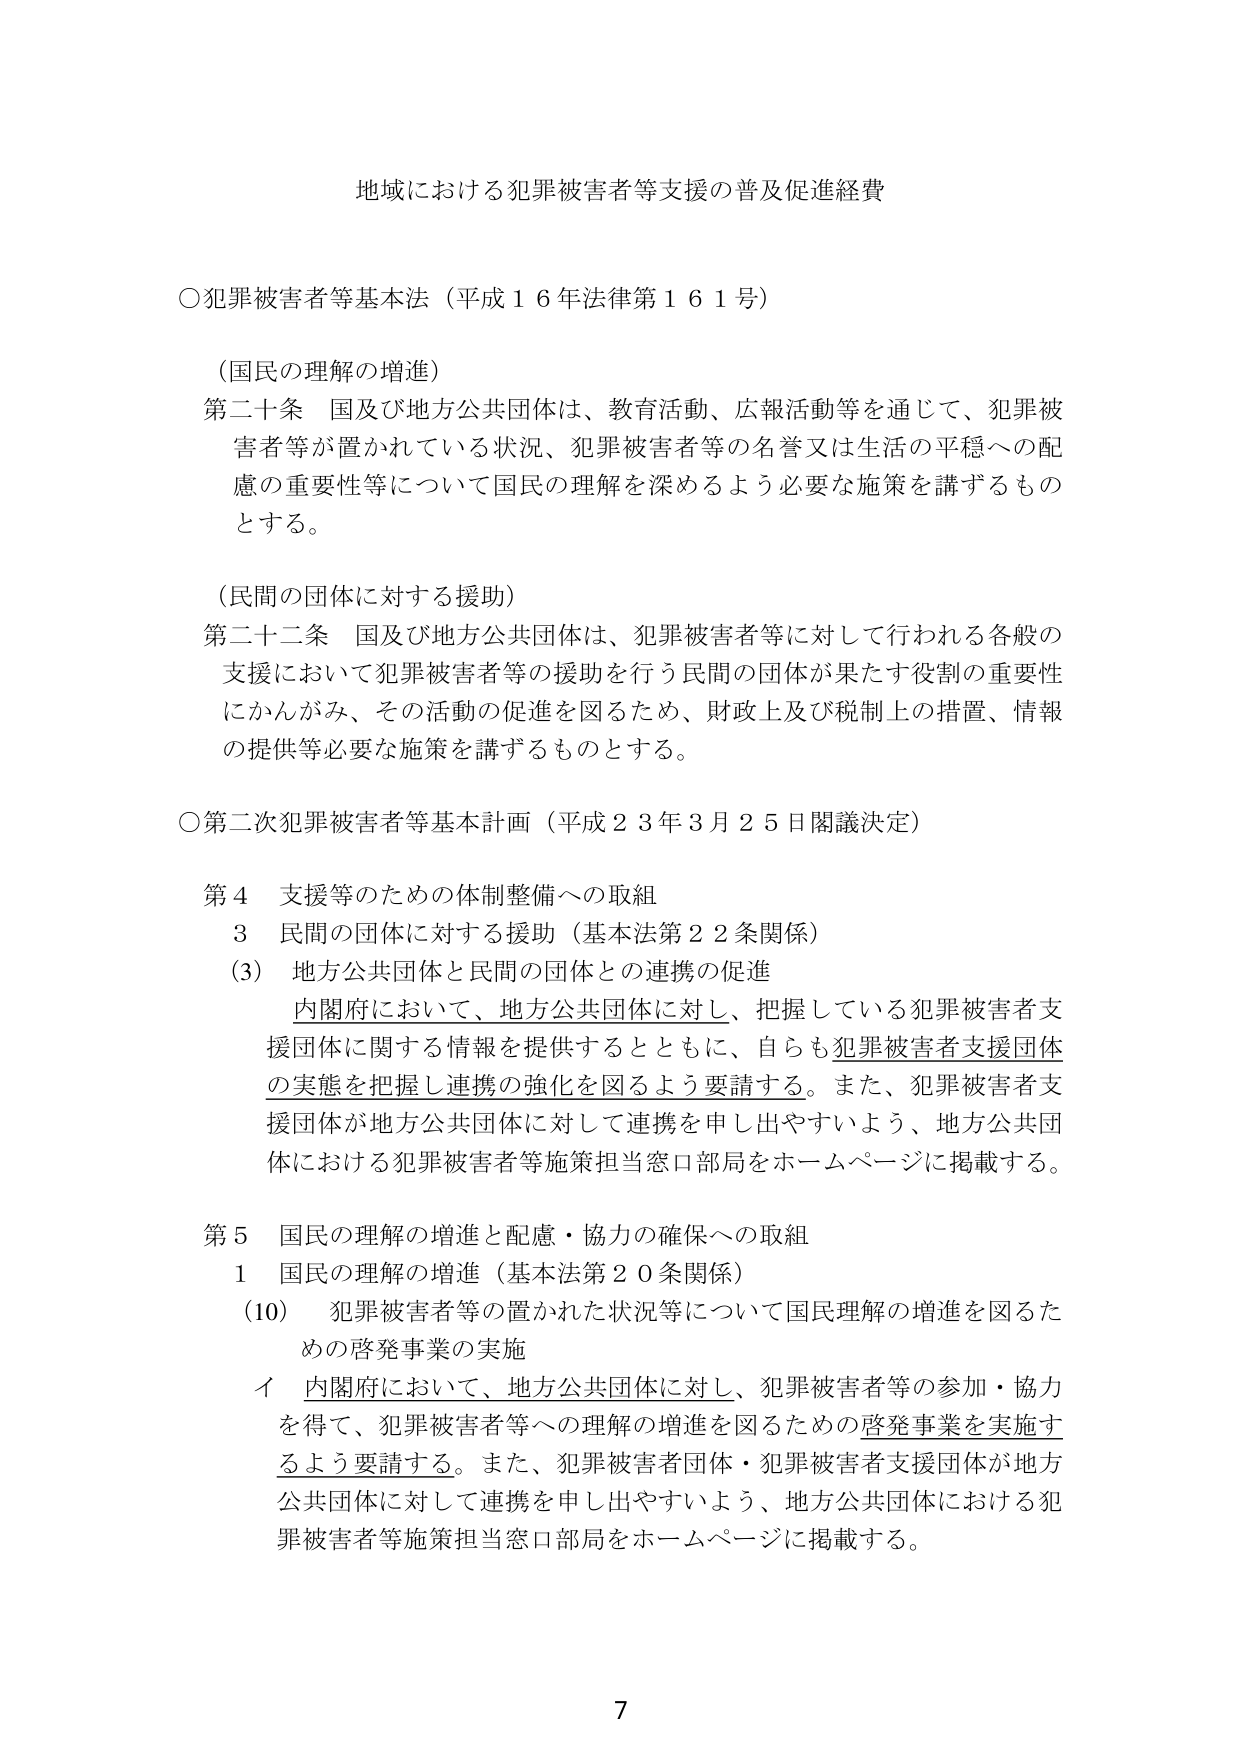
地域における犯罪被害者等支援の普及促進経費

○犯罪被害者等基本法（平成１６年法律第１６１号）

（国民の理解の増進）
第二十条　国及び地方公共団体は、教育活動、広報活動等を通じて、犯罪被害者等が置かれている状況、犯罪被害者等の名誉又は生活の平穏への配慮の重要性等について国民の理解を深めるよう必要な施策を講ずるものとする。

（民間の団体に対する援助）
第二十二条　国及び地方公共団体は、犯罪被害者等に対して行われる各般の支援において犯罪被害者等の援助を行う民間の団体が果たす役割の重要性にかんがみ、その活動の促進を図るため、財政上及び税制上の措置、情報の提供等必要な施策を講ずるものとする。

○第二次犯罪被害者等基本計画（平成２３年３月２５日閣議決定）

第４　支援等のための体制整備への取組
　３　民間の団体に対する援助（基本法第２２条関係）
　　（3）　地方公共団体と民間の団体との連携の促進
　　　　内閣府において、地方公共団体に対し、把握している犯罪被害者支援団体に関する情報を提供するとともに、自らも犯罪被害者支援団体の実態を把握し連携の強化を図るよう要請する。また、犯罪被害者支援団体が地方公共団体に対して連携を申し出やすいよう、地方公共団体における犯罪被害者等施策担当窓口部局をホームページに掲載する。

第５　国民の理解の増進と配慮・協力の確保への取組
　１　国民の理解の増進（基本法第２０条関係）
　　（10）　犯罪被害者等の置かれた状況等について国民理解の増進を図るための啓発事業の実施
　　　　イ　内閣府において、地方公共団体に対し、犯罪被害者等の参加・協力を得て、犯罪被害者等への理解の増進を図るための啓発事業を実施するよう要請する。また、犯罪被害者団体・犯罪被害者支援団体が地方公共団体に対して連携を申し出やすいよう、地方公共団体における犯罪被害者等施策担当窓口部局をホームページに掲載する。

7